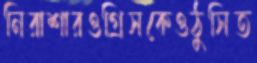
নিরাশারওগ্রিসকেওঠুসিত